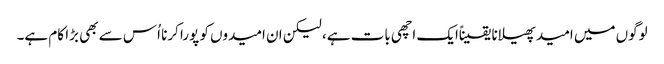
لوگوں میں امید پھیلانا یقیناًایک اچھی بات ہے، لیکن ان امیدوں کو پورا کرنا اُس سے بھی بڑا کام ہے۔